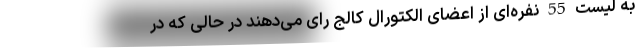
به لیست 55 نفره‌ای از اعضای الکتورال کالج رای می‌دهند در حالی که در